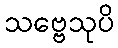
သဗ္ဗေသုပိ